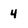
Character: 4